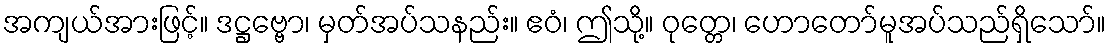
အကျယ်အားဖြင့်။ ဒဋ္ဌဗ္ဗော၊ မှတ်အပ်သနည်း။ ဧဝံ၊ ဤသို့။ ဝုတ္တေ၊ ဟောတော်မူအပ်သည်ရှိသော်။